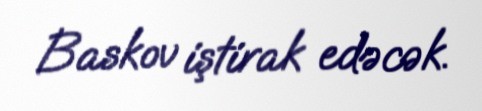
Baskov iştirak edəcək.